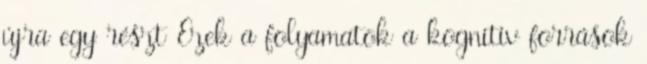
újra egy részt Ezek a folyamatok a kognitív források